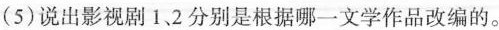
(5)说出影视剧1、2分别是根据哪一文学作品改编的。